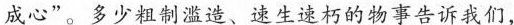
成心”。多少粗制滥造、速生速朽的物事告诉我们，